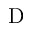
\mathrm { D }